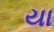
યા